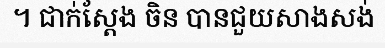
។ ជាក់ស្តែង ចិន បានជួយសាងសង់